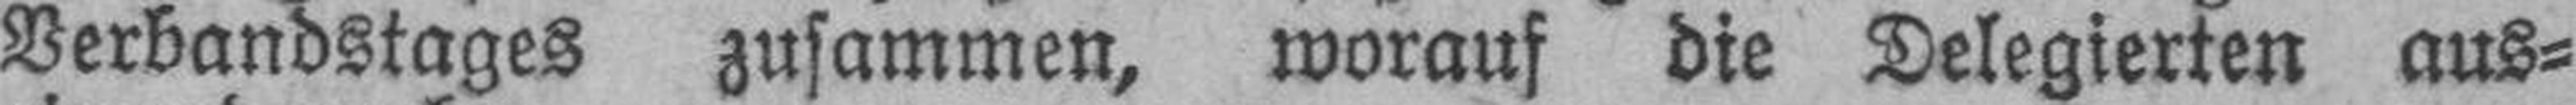
Verbandstages zusammen, worauf die Delegierten aus¬